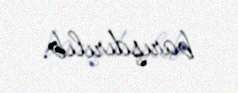
barışdırılıb.